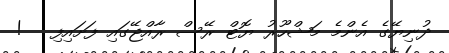
ދުނިޔޭގެ އެންމެ މަޝްހޫރު ޔޮޓް ރޭސް ރާއްޖޭގައި ފަށައިފި   !